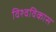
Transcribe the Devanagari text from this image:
विश्वविकास